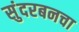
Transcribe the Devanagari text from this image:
सुंदरबनचा